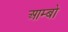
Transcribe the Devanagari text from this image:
आम्बो